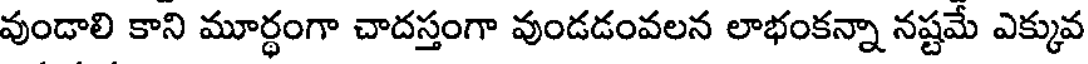
వుండాలి కాని మూర్థంగా చాదస్తంగా వుండడంవలన లాభంకన్నా నష్టమే ఎక్కువ